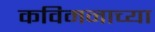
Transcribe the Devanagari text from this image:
कविमनाच्या